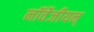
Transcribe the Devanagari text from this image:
नॉर्वेजीयन्